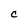
Character: C